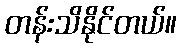
တန်းသိနိုင်တယ်။